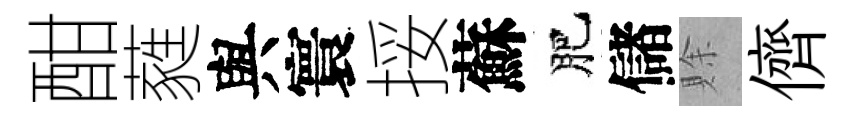
酣蕤與寰挼蘇肥儲賖儕